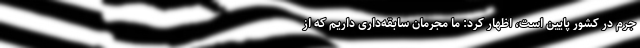
جرم در کشور پایین است، اظهار کرد: ما مجرمان سابقه‌داری داریم که از